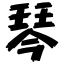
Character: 琴